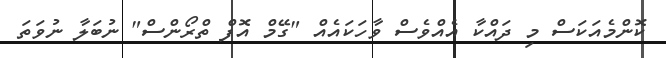
ކޮންމެއަކަސް މި ދައްކާ އެއްވެސް ވާހަކައެއް "ގޭމް އޮފް ތްރޯންސް" ނުބަލާ ނުވަތަ